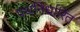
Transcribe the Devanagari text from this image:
पथनिर्धारित